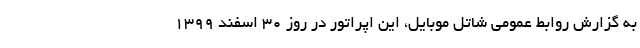
به گزارش روابط عمومی شاتل موبایل، این اپراتور در روز 30 اسفند 1399